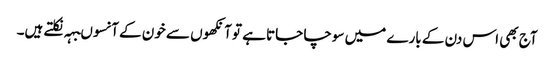
آج بھی اس دن کے بارے میں سوچا جاتا ہے تو آنکھوں سے خون کے آنسوںبہہ نکلتے ہیں۔